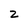
Character: 2